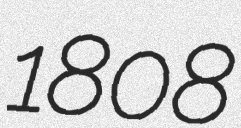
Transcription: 1808